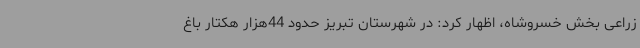
زراعی بخش خسروشاه، اظهار کرد: در شهرستان تبریز حدود 44هزار هکتار باغ